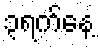
၃ရက်နေ့